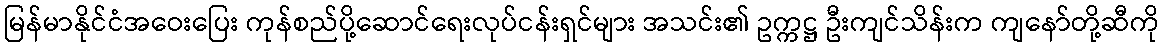
မြန်မာနိုင်ငံအဝေးပြေး ကုန်စည်ပို့ဆောင်ရေးလုပ်ငန်းရှင်များ အသင်း၏ ဥက္ကဋ္ဌ ဦးကျင်သိန်းက ကျနော်တို့ဆီကို